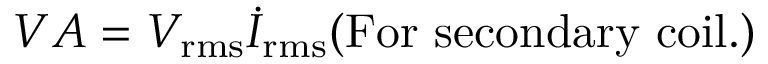
V A = V _ { \mathrm { r m s } } { \dot { I } } _ { \mathrm { r m s } } ( \mathrm { F o r \ s e c o n d a r y \ c o i l . } )